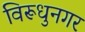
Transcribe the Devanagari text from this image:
विरूधुनगर